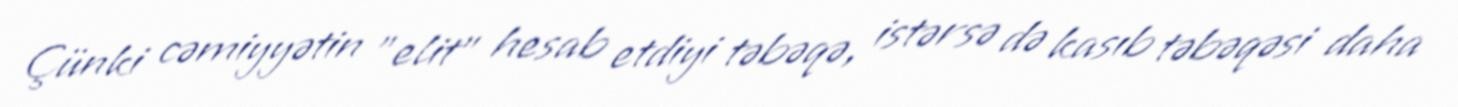
Çünki cəmiyyətin ”elit" hesab etdiyi təbəqə, istərsə də kasıb təbəqəsi daha